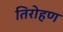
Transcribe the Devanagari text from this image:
तिरोहण